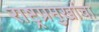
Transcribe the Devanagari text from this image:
राष्ट्रप्रमुखांचा